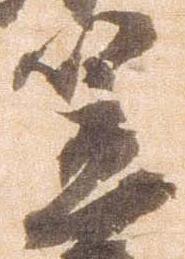
笠